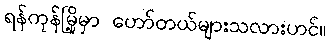
ရန်ကုန်မြို့မှာ ဟော်တယ်များသလားဟင်။